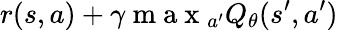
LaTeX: r(s,a)+\gamma\mathrm{~m~a~x~}_{a^{\prime}}Q_{\theta}(s^{\prime},a^{\prime})